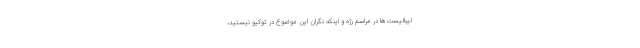
لیبالیست‌ها در مراسم رژه و اینکه نگران این موضوع در توکیو نیستید،